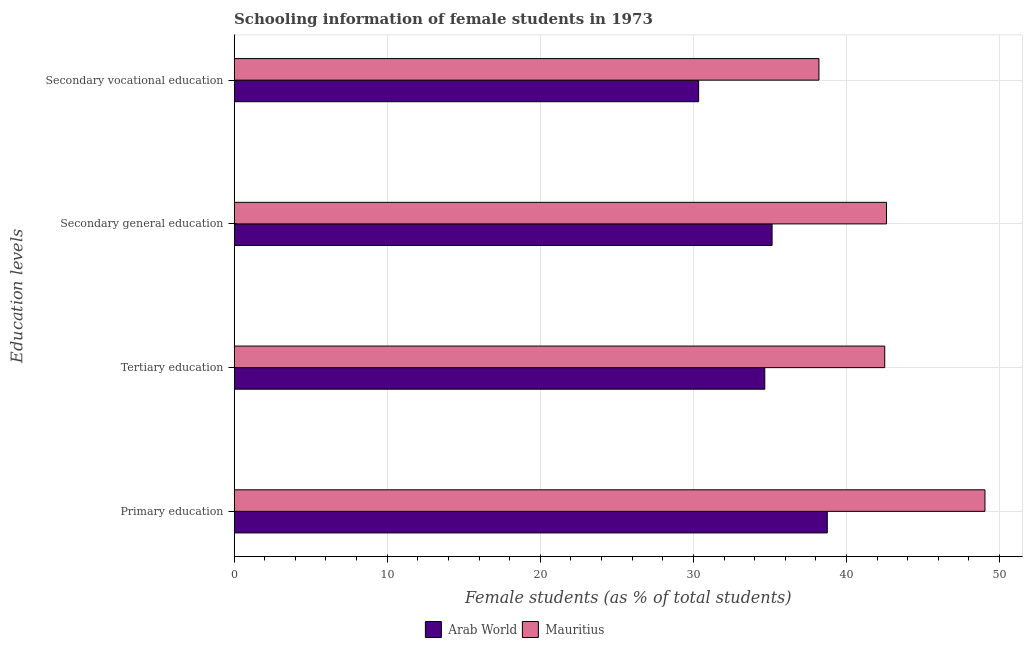
| Education levels | Arab World | Mauritius |
 | --- | --- | --- |
 | Primary education | 38.7 | 49 |
 | Tertiary education | 34.7 | 42.5 |
 | Secondary general education | 35.1 | 42.6 |
 | Secondary vocational education | 30.3 | 38.2 |